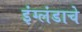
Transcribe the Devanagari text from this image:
इंग्लंडाचे